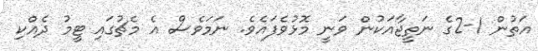
އަތުން 1-2ގެ ނަތީޖާއަކުން ވަނީ މޮޅުވެފައެވެ. ނަމަވެސް އެ މެޗުގައި ޓީމު ދެއްކި